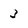
Character: 3